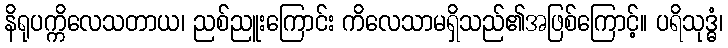
နိရုပက္ကိလေသတာယ၊ ညစ်ညူးကြောင်း ကိလေသာမရှိသည်၏အဖြစ်ကြောင့်။ ပရိသုဒ္ဓံ၊